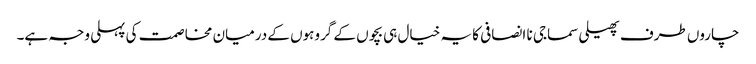
چاروں طرف پھیلی سماجی نا انصافی کا یہ خیال ہی بچوں کے گروہوں کے درمیان مخاصمت کی پہلی وجہ ہے۔